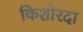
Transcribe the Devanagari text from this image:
किशोरदा